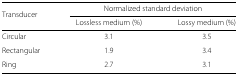
| Transducer | <COLSPAN=2> Normalized standard deviation |
 |  | Lossless medium (%) | Lossy medium (%) |
 | --- | --- | --- |
 | Circular | 3.1 | 3.5 |
 | Rectangular | 1.9 | 3.4 |
 | Ring | 2.7 | 3.1 |